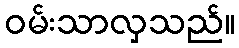
ဝမ်းသာလှသည်။